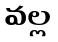
వల్ల